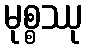
မုစ္စဿု